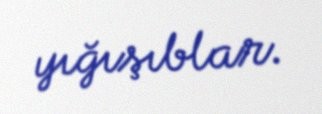
yığışıblar.